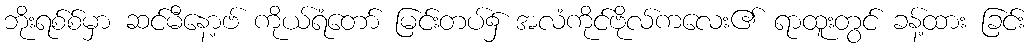
ဘိုးရစ်စ်မှာ ဆင်မီနော့ဗ် ကိုယ်ရံတော် မြင်းတပ်၌ အလံကိုင်ဗိုလ်ကလေး၏ ရာထူးတွင် ခန့်ထား ခြင်း